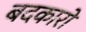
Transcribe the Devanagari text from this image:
बदकारों